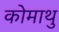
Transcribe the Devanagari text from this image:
कोमाथु